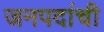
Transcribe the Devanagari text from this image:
जनपदांची